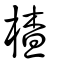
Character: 楂